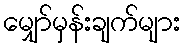
မျှော်မှန်းချက်များ